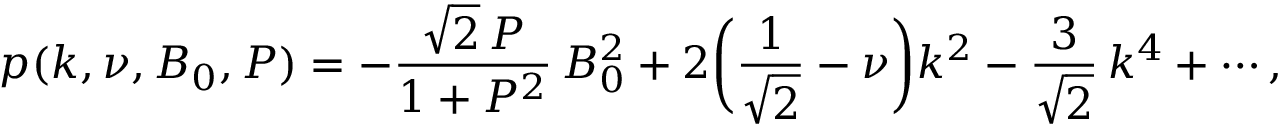
p ( k , \nu , B _ { 0 } , P ) = - \frac { \sqrt { 2 } \, P } { 1 + P ^ { 2 } } \, B _ { 0 } ^ { 2 } + 2 \biggl ( \frac { 1 } { \sqrt { 2 } } - \nu \biggr ) k ^ { 2 } - \frac { 3 } { \sqrt { 2 } } \, k ^ { 4 } + \cdots ,